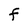
Character: F